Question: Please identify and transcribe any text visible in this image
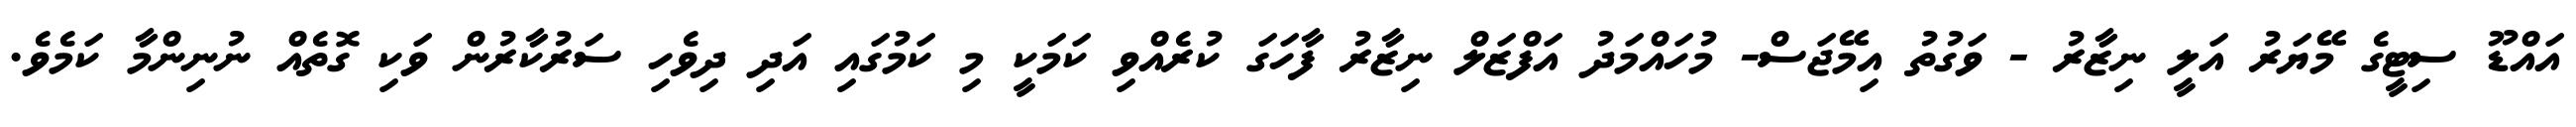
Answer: އައްޑޫ ސިޓީގެ މޭޔަރު އަލީ ނިޒާރު - ވަގުތު އިމޭޖަސް- މުހައްމަދު އަފްޒަލް ނިޒާރު ފާހަގަ ކުރެއްވި ކަމަކީ މި ކަމުގައި އަދި ދިވެހި ސަރުކާރުން ވަކި ގޮތެއް ނުނިންމާ ކަމެވެ.